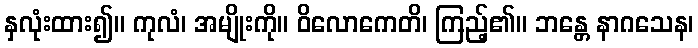
နှလုံးထား၍။ ကုလံ၊ အမျိုးကို။ ဝိလောကေတိ၊ ကြည့်၏။ ဘန္တေ နာဂသေန၊